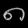
Digit: ၈